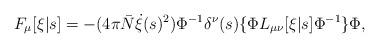
LaTeX: \begin{align*}F_\mu[\xi|s] = -(4\pi{\bar N}\dot{\xi}(s)^2) \Phi^{-1} \delta^\nu(s) \{\Phi L_{\mu\nu}[\xi|s] \Phi^{-1}\} \Phi,\end{align*}